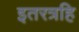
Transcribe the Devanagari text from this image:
इतरत्रहि